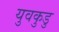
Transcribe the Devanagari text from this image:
युवकुडु